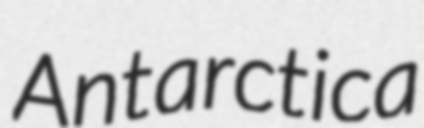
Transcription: Antarctica